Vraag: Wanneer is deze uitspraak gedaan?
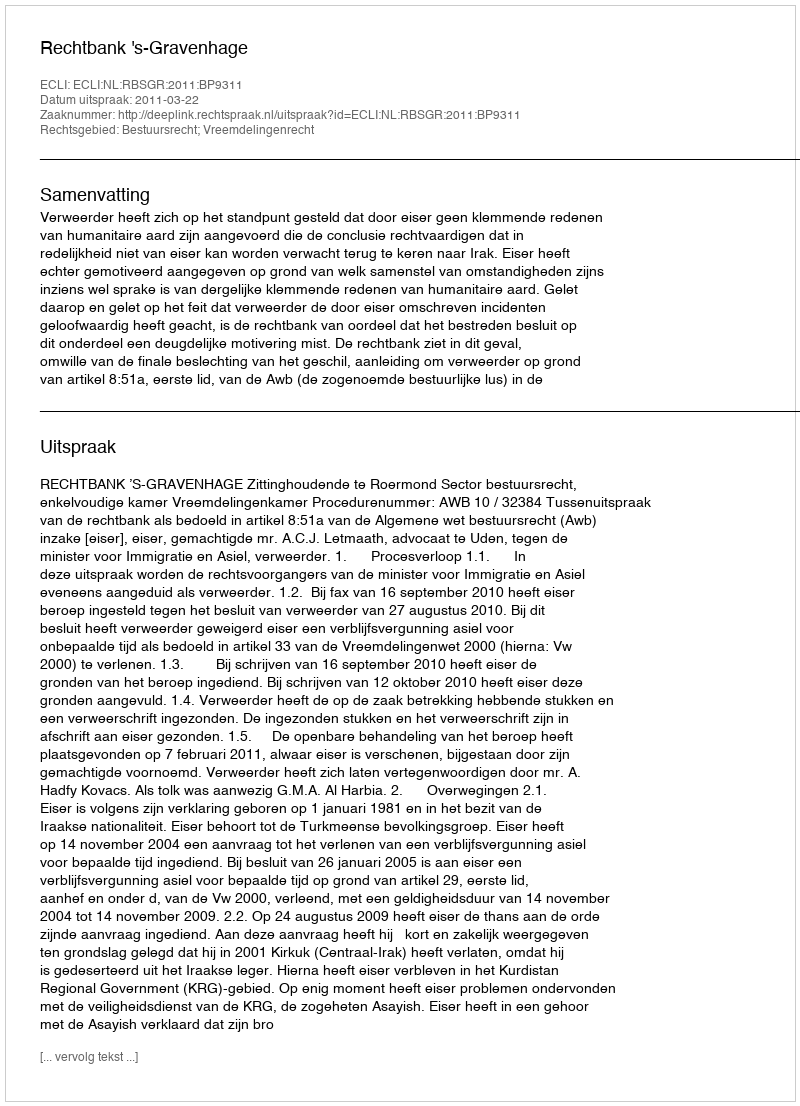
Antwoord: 2011-03-22